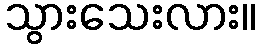
သွားသေးလား။